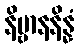
နိဗ္ဗာနနိန္နံ